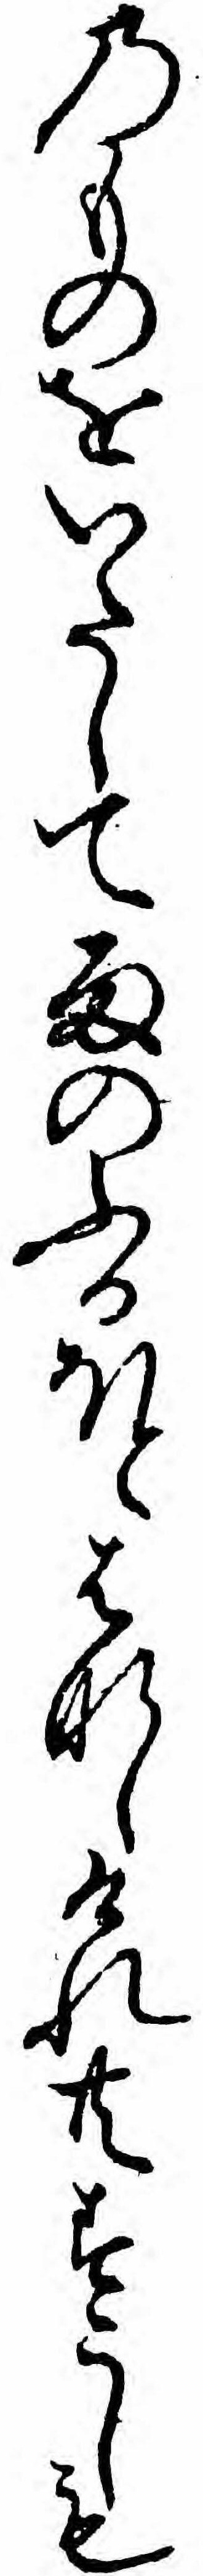
のものをいたして雨のふるほとはなしけれ共すこしも